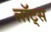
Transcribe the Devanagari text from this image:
लॉट्स